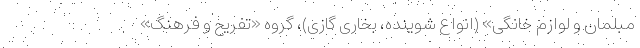
مبلمان و لوازم خانگی» (انواع شوینده، بخاری گازی)، گروه «تفریح و فرهنگ»